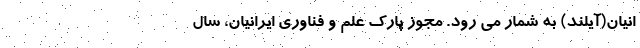
انیان(آیلند) به شمار می رود. مجوز پارک علم و فناوری ایرانیان، سال